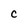
Character: c